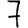
Digit: 7